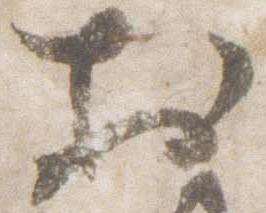
於